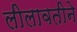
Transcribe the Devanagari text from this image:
लीलावतीने